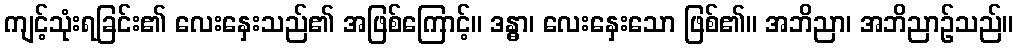
ကျင့်သုံးရခြင်း၏ လေးနှေးသည်၏ အဖြစ်ကြောင့်။ ဒန္ဓာ၊ လေးနှေးသော ဖြစ်၏။ အဘိညာ၊ အဘိညာဉ်သည်။